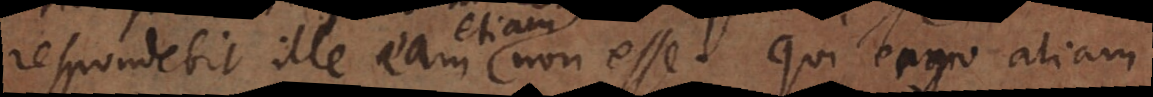
respondebit ille eam etiam non esse. Qui ergo aliam